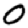
Digit: 0